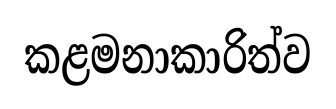
කළමනාකාරිත්ව